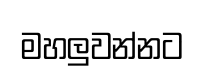
මහලුවන්නට